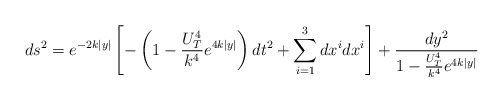
\begin{align*}ds^2 = e^{-2k\mid y \mid}\left[ -\left( 1 - \frac{U_T^4}{k^4} e^{4 k \mid y \mid} \right) dt^2 +\sum^3_{i=1} dx^i dx^i \right] + \frac{dy^2}{1 - \frac{U_T^4}{k^4} e^{4 k \mid y \mid}}\end{align*}